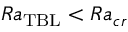
R a _ { \mathrm { T B L } } < R a _ { c r }